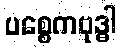
ပစ္စေကဗုဒ္ဓါ